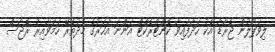
ލިވަޕޫލުން ޖެރާޑާ އެކު ހަދާފައިވާ ކޮންޓްރެކްޓް އަންނަ އަހަރުގެ މެދުތެރޭ ހަމަވާއިރު ރޮޖާސް